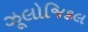
ઝૂલોજિકલ